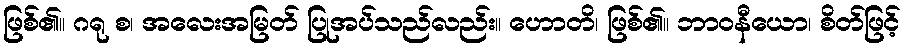
ဖြစ်၏။ ဂရု စ၊ အလေးအမြတ် ပြုအပ်သည်လည်း။ ဟောတိ၊ ဖြစ်၏။ ဘာဝနီယော၊ စိတ်ဖြင့်